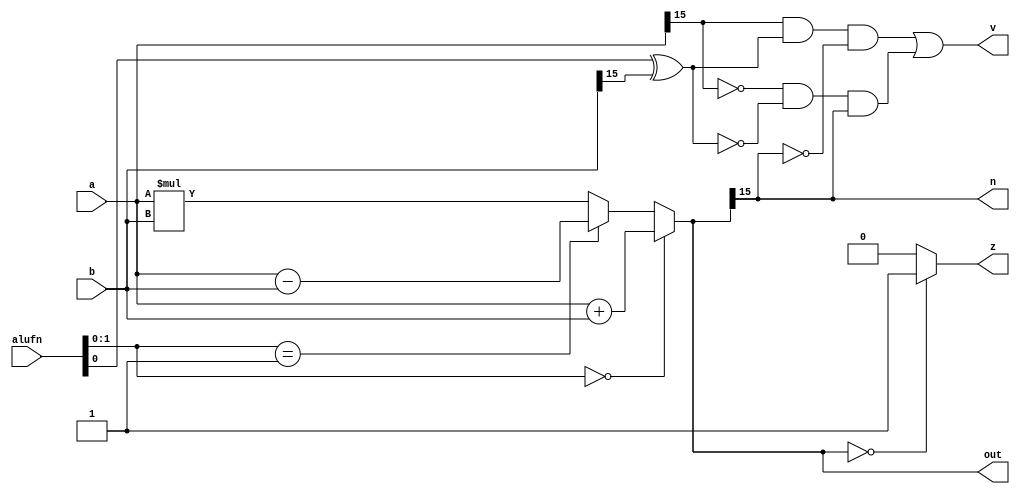
/*
   This file was generated automatically by Alchitry Labs version 1.2.1.
   Do not edit this file directly. Instead edit the original Lucid source.
   This is a temporary file and any changes made to it will be destroyed.
*/

module add_5 (
    input [5:0] alufn,
    input [15:0] a,
    input [15:0] b,
    output reg [15:0] out,
    output reg z,
    output reg v,
    output reg n
  );
  
  
  
  reg [15:0] result;
  
  always @* begin
    if (alufn[0+1-:2] == 1'h0) begin
      result = a + b;
    end else begin
      if (alufn[0+1-:2] == 1'h1) begin
        result = a - b;
      end else begin
        result = a * b;
      end
    end
    out = result;
    if (result == 1'h0) begin
      z = 1'h1;
    end else begin
      z = 1'h0;
    end
    n = result[15+0-:1];
    v = (a[15+0-:1] & (alufn[0+0-:1] ^ b[15+0-:1]) & ~result[15+0-:1]) | (~a[15+0-:1] & ~(alufn[0+0-:1] ^ b[15+0-:1]) & result[15+0-:1]);
  end
endmodule